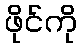
ဖိုင်ကို